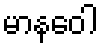
မာနဝေါ